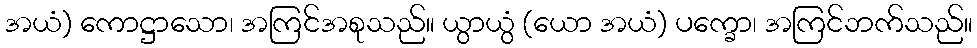
အယံ) ကောဋ္ဌာသော၊ အကြင်အစုသည်။ ယွာယွံ (ယော အယံ) ပက္ခော၊ အကြင်ဘက်သည်။